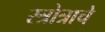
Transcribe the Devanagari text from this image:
स्त्रोत्राचे